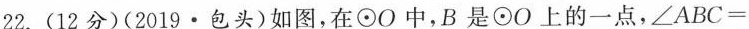
22.(12分)(2019·包头)如图，在⊙O中，B是⊙O上的一点，$$∠ A B C =